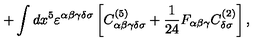
+ \int d x ^ { 5 } \varepsilon ^ { \alpha \beta \gamma \delta \sigma } \left[ C _ { \alpha \beta \gamma \delta \sigma } ^ { ( 5 ) } + { \frac { 1 } { 2 4 } } F _ { \alpha \beta \gamma } C _ { \delta \sigma } ^ { ( 2 ) } \right] ,